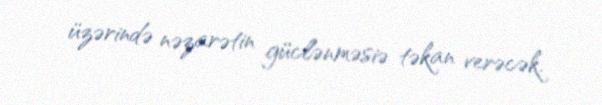
üzərində nəzarətin güclənməsiə təkan verəcək.